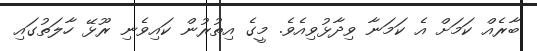
ބާރެއް ކަމަށް އެ ކަމަނާ ވިދާޅުވިއެވެ. މީގެ އިތުރުން ކައިވެނި ރޫޅޭ ހާލަތުގައި